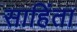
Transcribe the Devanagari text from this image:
साहिंता